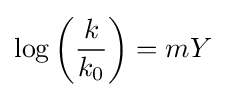
\log {\left({\frac {k}{k_{0}}}\right)}=mY